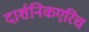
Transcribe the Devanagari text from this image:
दार्शनिकएरिच